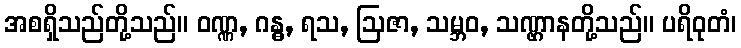
အစရှိသည်တို့သည်။ ဝဏ္ဏ, ဂန္ဓ, ရသ, ဩဇာ, သမ္ဘဝ, သဏ္ဌာနတို့သည်။ ပရိဝုတံ၊